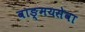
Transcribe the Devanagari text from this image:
वाङ्‌मयसेवा